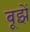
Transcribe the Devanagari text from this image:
बूझें